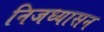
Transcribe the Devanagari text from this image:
निजध्यासन